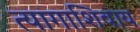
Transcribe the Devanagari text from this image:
त्यागाशिवाय